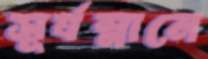
সূর্যস্নানে